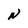
Character: N